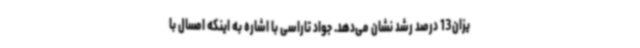
یزان13 درصد رشد نشان می‌دهد. جواد تاراسی با اشاره به اینکه امسال با